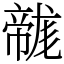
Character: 𢅛